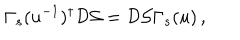
\Gamma _ { s } ( u ^ { - 1 } ) ^ { \dagger } \mathcal { D } \mathcal { S } = \mathcal { D } \mathcal { S } \Gamma _ { s } ( u ) \, ,